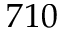
7 1 0